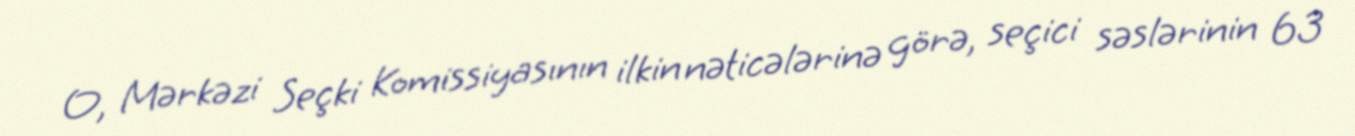
O, Mərkəzi Seçki Komissiyasının ilkin nəticələrinə görə, seçici səslərinin 63